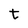
Character: t